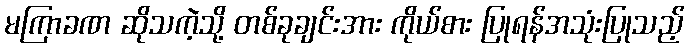
မကြာခဏ ဆိုသကဲ့သို့ တစ်ခုချင်းအား ကိုယ်စား ပြုရန်အသုံးပြုသည့်